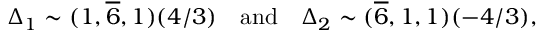
\Delta _ { 1 } \sim ( 1 , \overline { { { 6 } } } , 1 ) ( 4 / 3 ) \quad \mathrm { a n d } \quad \Delta _ { 2 } \sim ( \overline { { { 6 } } } , 1 , 1 ) ( - 4 / 3 ) ,